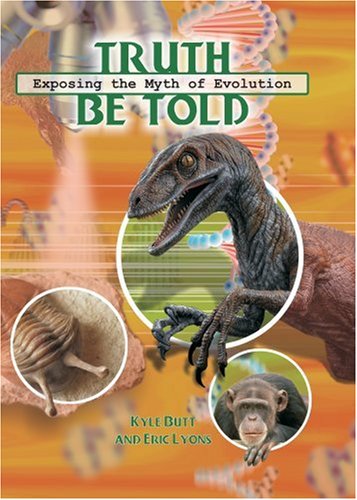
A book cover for Truth Be Told; Kyle Butt; Christian Books & Bibles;